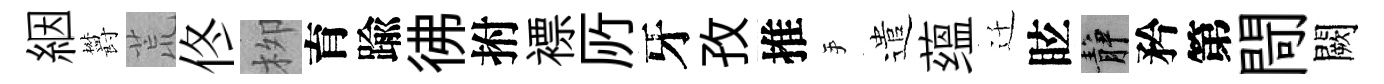
絪欝荒佟栁育踰彿拊褾𠩄牙孜推手遣蕴迁眩静矜第閜闕